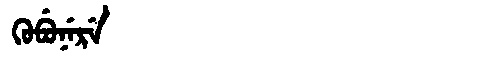
Manchu: ᡴᡠᠪᡠᠨᡝᡵᡝ
Romanization: KUBUNERE